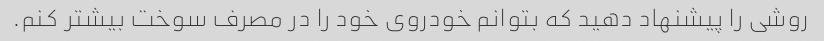
روشی را پیشنهاد دهید که بتوانم خودروی خود را در مصرف سوخت بیشتر کنم.